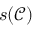
s ( \mathcal { C } )